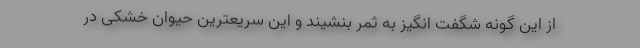
از این گونه شگفت انگیز به ثمر بنشیند و این سریعترین حیوان خشکی در